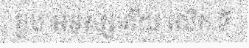
ខួប អនុស្សាវរីយ លើក ទី